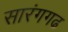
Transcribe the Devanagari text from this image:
सारंगगढ